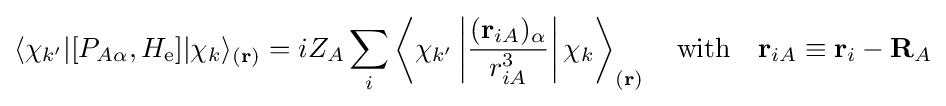
\langle \chi _{k'}|[P_{A\alpha },H_{\mathrm {e} }]|\chi _{k}\rangle _{(\mathbf {r} )}=iZ_{A}\sum _{i}\left\langle \chi _{k'}\left|{\frac {(\mathbf {r} _{iA})_{\alpha }}{r_{iA}^{3}}}\right|\chi _{k}\right\rangle _{(\mathbf {r} )}\quad {\text{with}}\quad \mathbf {r} _{iA}\equiv \mathbf {r} _{i}-\mathbf {R} _{A}